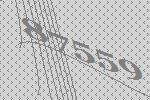
87559